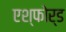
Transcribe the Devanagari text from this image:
एश्फोर्ड